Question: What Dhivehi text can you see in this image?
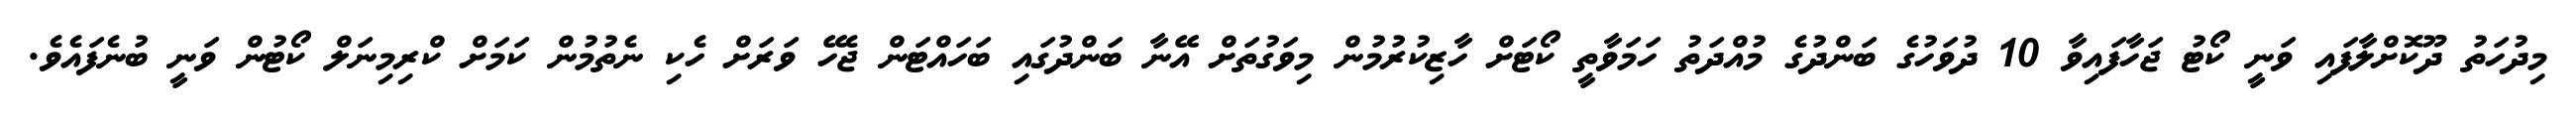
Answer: މިދުހަތު ދޫކޮށްލާފައި ވަނީ ކޯޓު ޖަހާފައިވާ 10 ދުވަހުގެ ބަންދުގެ މުއްދަތު ހަމަވާތީ ކޯޓަށް ހާޒިކުރުމުން މިވަގުތަށް އޭނާ ބަންދުގައި ބަހައްޓަން ޖެހޭ ވަރަށް ހެކި ނެތުމުން ކަމަށް ކްރިމިނަލް ކޯޓުން ވަނީ ބުނެފައެވެ.